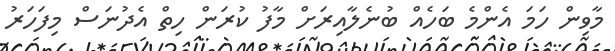
މާވިން ހަމަ އެންމެ ބަހެއް ބުނެލާއިރަށް މާފު ކުރަން ހިތް އެދުނަސް މިފަހަރު